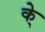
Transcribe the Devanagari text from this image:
के्